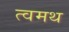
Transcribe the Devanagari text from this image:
त्वमथ